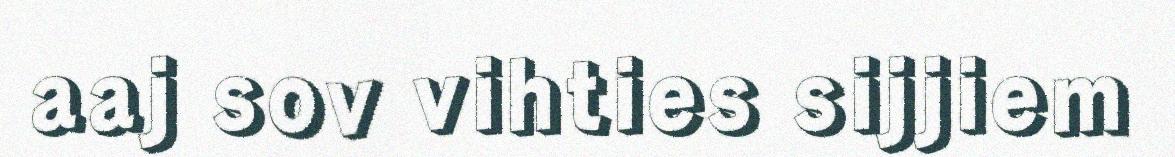
aaj sov vihties sijjiem